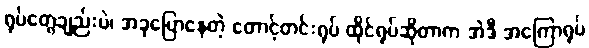
ရုပ်တွေချည်းပဲ၊ အခုပြောနေတဲ့ တောင့်တင်းရုပ် ထိုင်ရုပ်ဆိုတာက အဲဒီ အကြောရုပ်